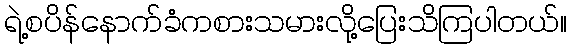
ရဲ့စပိန်နောက်ခံကစားသမားလို့ပြေးသိကြပါတယ်။